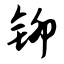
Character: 铆